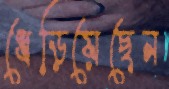
ধেড়িয়েছেন